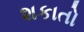
શકાતો